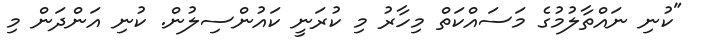
"ކުނި ނައްތާލުމުގެ މަސައްކަތް މިހާރު މި ކުރަނީ ކައުންސިލުން. ކުނި އަންދަން މި